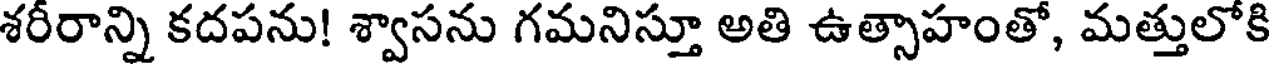
శరీరాన్ని కదపను! శ్వాసను గమనిస్తూ అతి ఉత్సాహంతో, మత్తులోకి